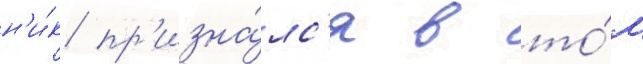
н'и́к пр'изна́лс'я в то́м